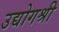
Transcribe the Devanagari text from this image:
उद्योगश्री